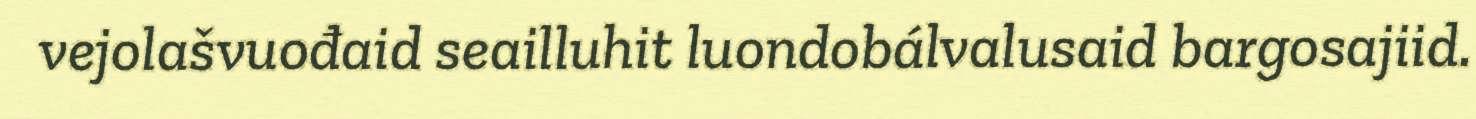
vejolašvuođaid seailluhit luondobálvalusaid bargosajiid.